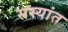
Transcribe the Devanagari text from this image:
सस्यांत